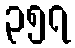
၃၅၇